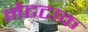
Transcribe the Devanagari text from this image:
नेटटाक